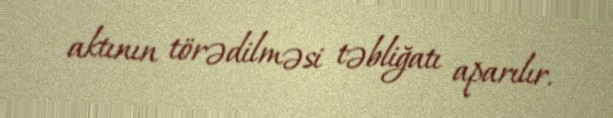
aktının törədilməsi təbliğatı aparılır.